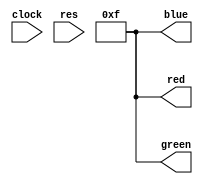
module vga(
    input clock,
    input res,
	output[3:0] red,
	output[3:0] green,
	output[3:0] blue
);

    wire[3:0] red;
	wire[3:0] green;
	wire[3:0] blue;


    assign red = 4'b1111;
    assign green = 4'b1111;
    assign blue = 4'b1111;
    
endmodule